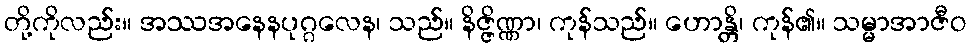
တို့ကိုလည်း။ အဿအနေနပုဂ္ဂလေန၊ သည်။ နိဇ္ဇိဏ္ဏာ၊ ကုန်သည်။ ဟောန္တိ၊ ကုန်၏။ သမ္မာအာဇီဝ